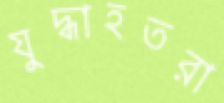
যুদ্ধাহতরা